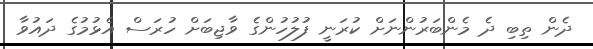
ދެން ތިބި ދެ މެންބަރުންނަށް ކުރަނީ ފުލުހުންގެ ވާޖިބަށް ހުރަސް އެޅުމުގެ ދައުވާ